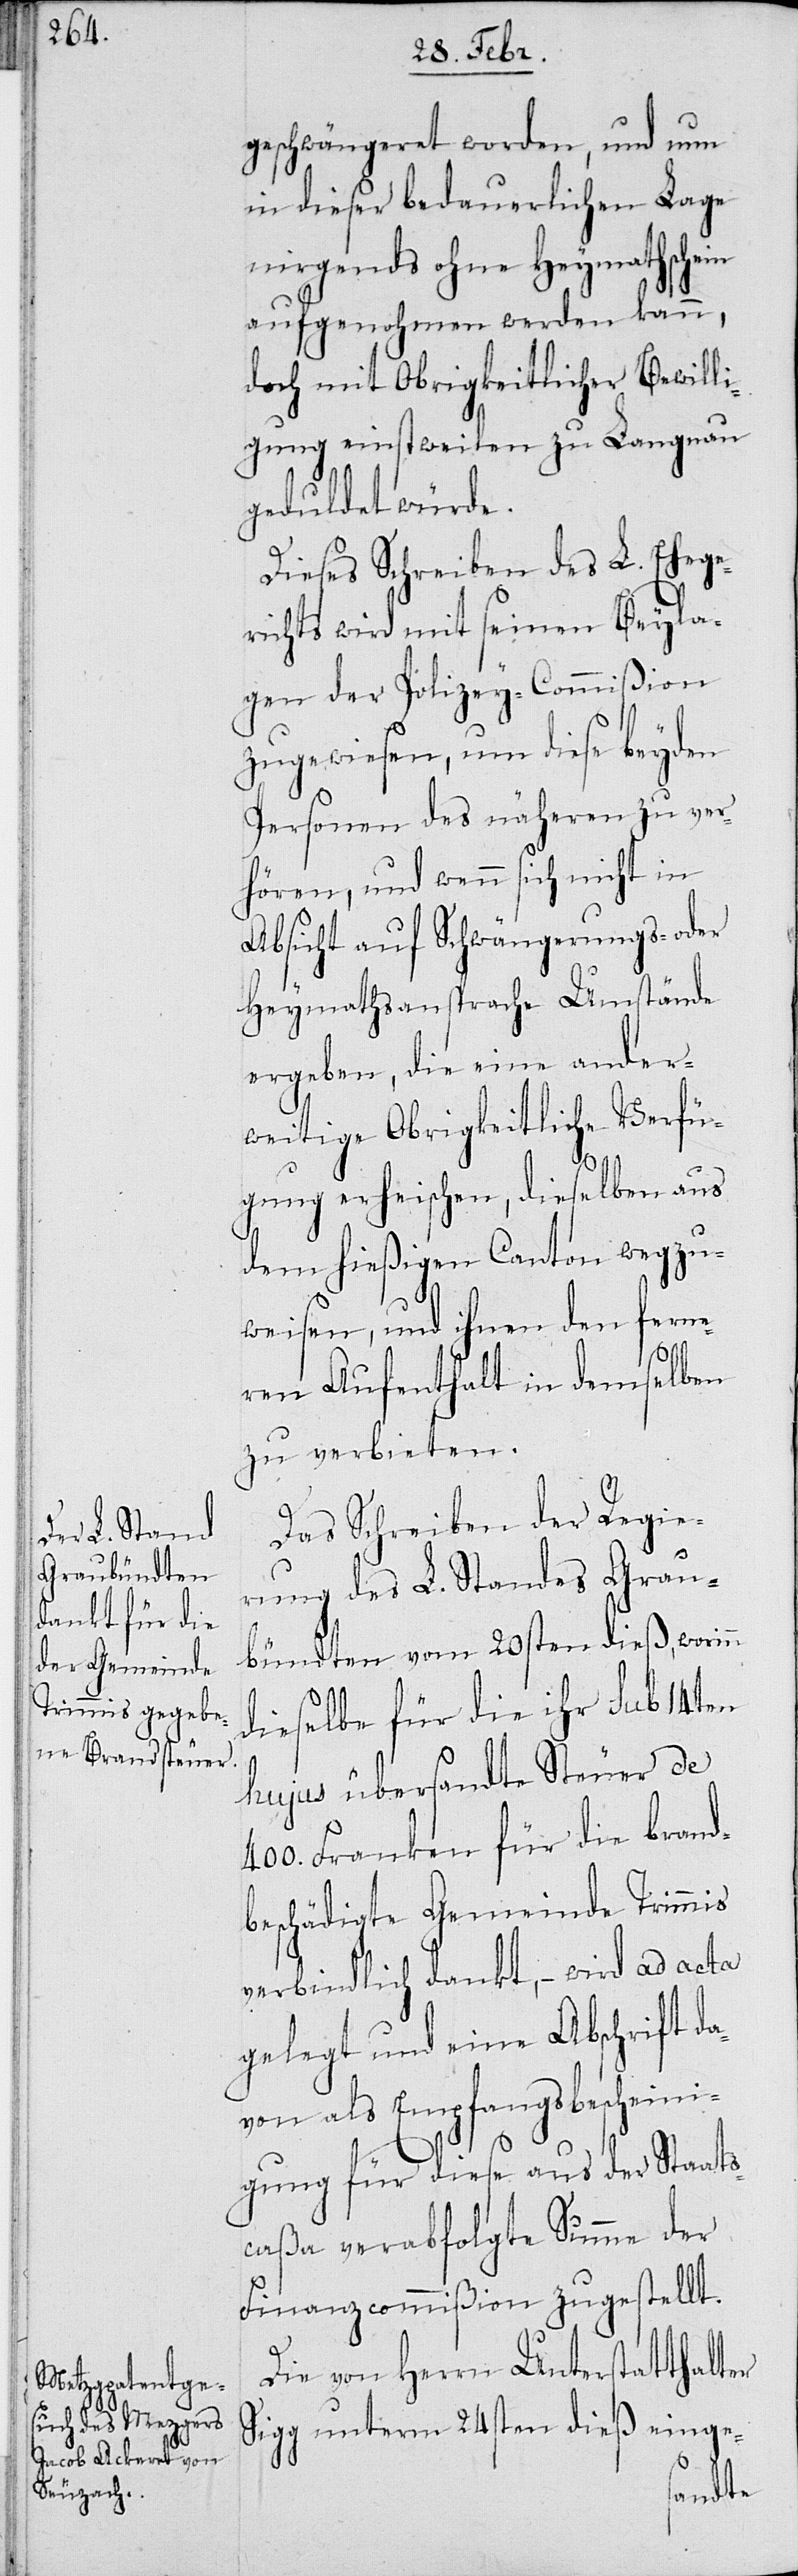
geschwängeret worden, und nun
in dieser bedauerlichen Lage
nirgends ohne Heymatschein
aufgenommen werden kann,
doch mit Obrigkeitlicher Bewilli¬
gung einstweilen zu Langnau
geduldet würde.
Dieses Schreiben des L. Ehege¬
richts wird mit seinen Beyla¬
gen der Policey-Commißion
zugewiesen, um diese beyden
Personen des näheren zu ver¬
hören, und wenn sich nicht in
Absicht auf Schwängerungs- oder
Heymathsansprache Umstände
ergeben, die eine ander¬
weitige Obrigkeitliche Verfü¬
gung erheischen, dieselben aus
dem hießigen Canton wegzu¬
weisen, und ihnen den ferne¬
ren Aufenthalt in demselben
zu verbieten.
Das Scheiben der Regie¬
rung des L. Standes Grau¬
bündten vom 20sten dieß, worinn
dieselbe für die ihr sub 14ten
hujus übersandte Steuer de
400. Franken für die brand¬
beschädigte Gemeinde Trimmis
verbindlich dankt, – wird ad acta
gelegt und eine Abschrift da¬
von als Empfangsbescheini¬
gung für diese aus der Staats¬
caßa verabfolgte Summe der
Finanzcommißion zugestellt.
Die von Herrn Unterstatthalter
Sigg unterm 24sten dieß einge-